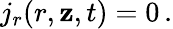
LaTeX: j_{r}(r,\mathbf{z},t)=0\, .